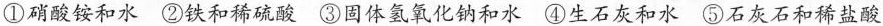
①硝酸铵和水 ②铁和稀硫酸 ③固体氢氧化钠和水 ④生石灰和水 ⑤石灰石和稀盐酸